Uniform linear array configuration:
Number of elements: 32
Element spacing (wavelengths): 0.25
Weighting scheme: hamming
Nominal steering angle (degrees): -60
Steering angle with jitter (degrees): -58.12
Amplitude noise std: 0.05
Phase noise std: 0.05

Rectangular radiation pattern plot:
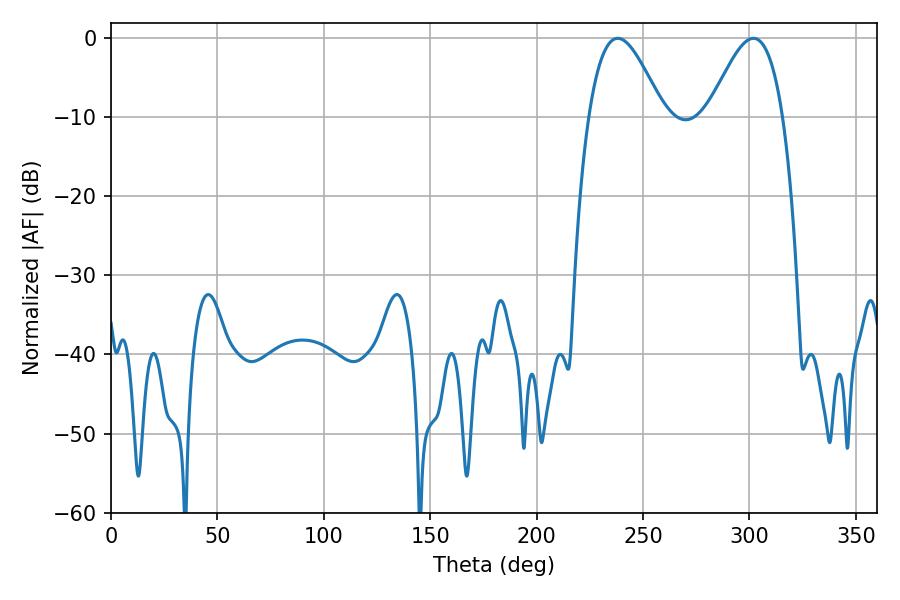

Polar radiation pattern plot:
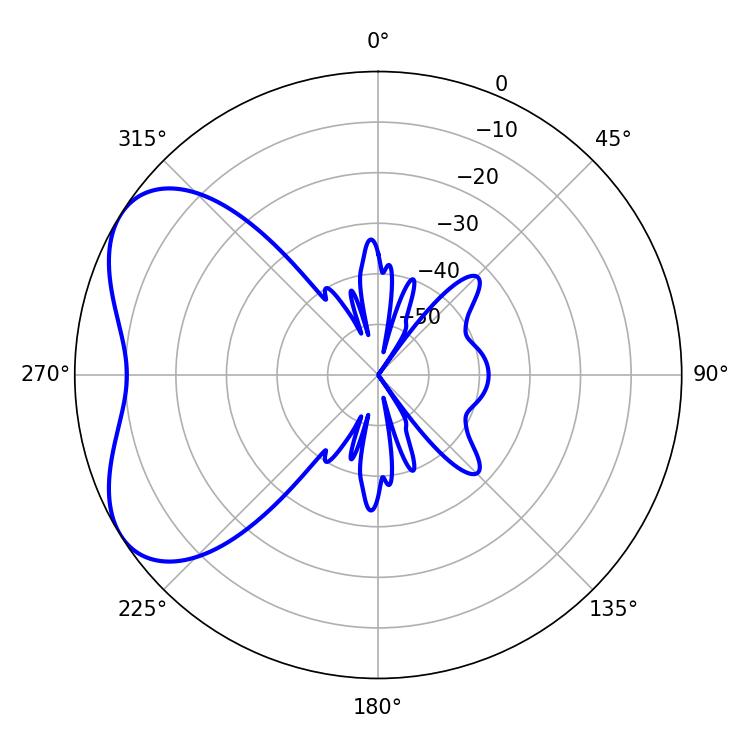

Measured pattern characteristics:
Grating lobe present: FALSE
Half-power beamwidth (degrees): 18.72
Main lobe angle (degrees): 238.14